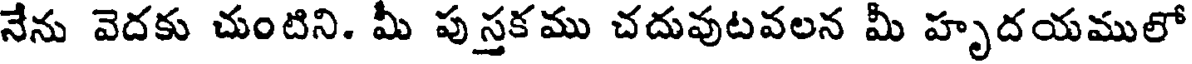
నేను వెదకు చుంటిని. మీ పుస్తకము చదువుటవలన మీ హృదయములో